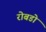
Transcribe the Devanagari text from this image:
रोबडो